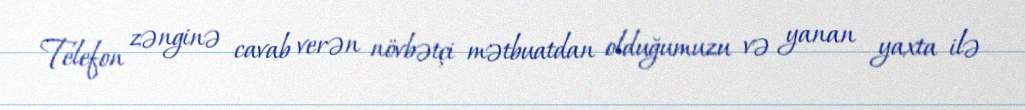
Telefon zənginə cavab verən növbətçi mətbuatdan olduğumuzu və yanan yaxta ilə